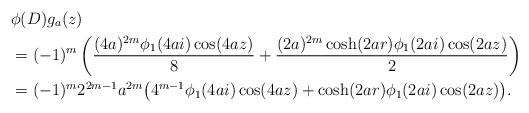
LaTeX: \begin{align*}&\phi(D)g_a(z) \\& =(-1)^{m} \left( \frac{(4a)^{2m} \phi_1(4ai) \cos(4az)}{8} + \frac{(2a)^{2m} \cosh(2ar)\phi_1(2ai)\cos(2az)}{2}\right) \\& =(-1)^m 2^{2m-1} a^{2m} \big( 4^{m-1} \phi_1(4ai) \cos(4az) + \cosh(2ar)\phi_1(2ai) \cos(2az)\big).\end{align*}